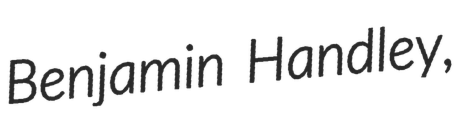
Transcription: Benjamin Handley,